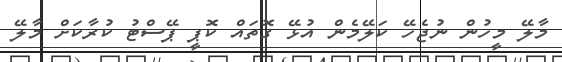
މާލޭ މީހުން ނުޖެހޭ ކަލޭމެން އުޅޭ ގޮތައް ކޮޕީ ޕޭސްޓު ކުރާކަށް މާލޭ